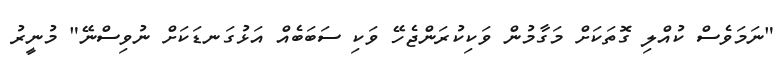
"ނަަމަވެސް ކުއްލި ގޮތަކަށް މަގާމުން ވަކިކުރަންޖެހޭ ވަކި ސަބަބެއް އަޅުގަނޑަކަށް ނުވިސްނޭ" މުނީރު